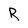
Character: R